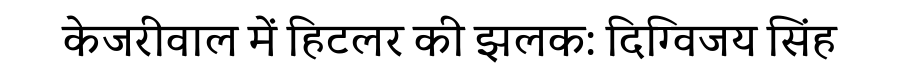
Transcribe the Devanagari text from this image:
केजरीवाल में हिटलर की झलक: दिग्विजय सिंह